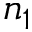
n _ { 1 }